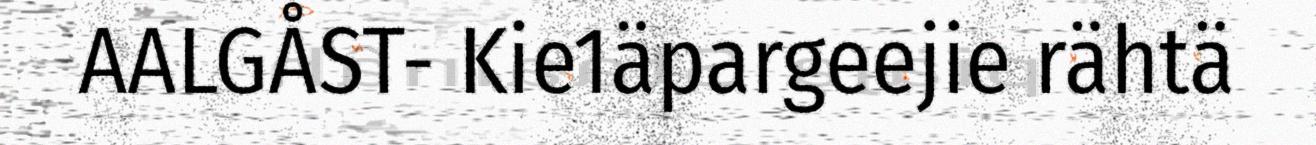
AALGÅST- Kie1äpargeejie rähtä